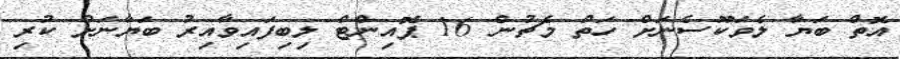
އޮތް ބަޔާ ލެވަކޫސެނަށް ހަތް މެޗުން 16 ޕޮއިންޓް ލިބިފައިވާއިރު ބަޔާނަށް ކުރި